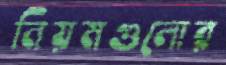
নিয়মগুলোর